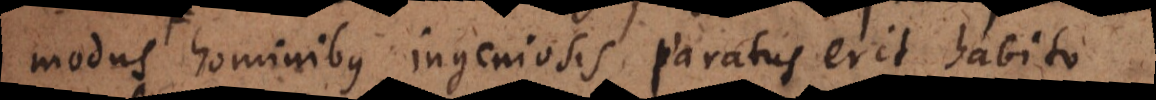
modus hominibus ingeniosis paratus erit habito